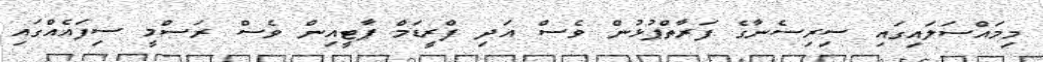
މިމައްސަލައިގައި ސިރިސެނާގެ ފަރާތްޕުޅުން ވެސް އަދި ފްރީޑަމް ޕާޓީއިން ވެސް ރަސްމީ ސިފައެއްގައި